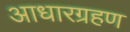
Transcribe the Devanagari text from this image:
आधारग्रहण